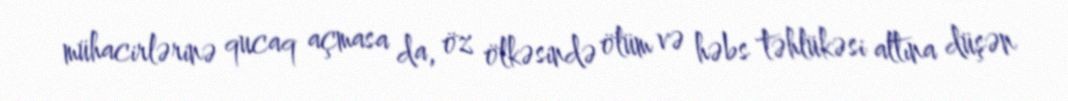
mühacirlərinə qucaq açmasa da, öz ölkəsində ölüm və həbs təhlükəsi altına düşən